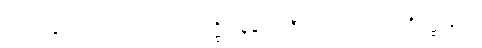
အာမန္တေတွာ၊ ခေါ်၍။ မဟာသေဋ္ဌိ၊ သူဌေးကြီး။ ဣဓေဝ၊ ဤအိမ်၌လျှင်။